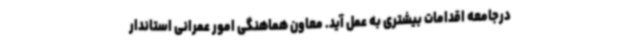
درجامعه اقدامات بیشتری به عمل آید. معاون هماهنگی امور عمرانی استاندار